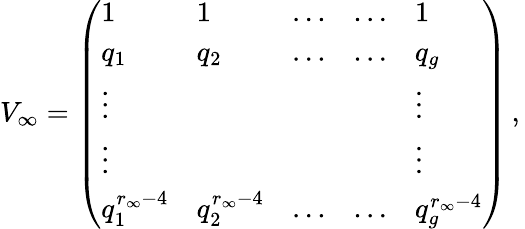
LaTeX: V_{\infty}=\left(\begin{array}{lllll}{1}&{1}&{\dots}&{\dots}&{1}\\ {q_{1}}&{q_{2}}&{\dots}&{\dots}&{q_{g}}\\ {\vdots}&&&&{\vdots}\\ {\vdots}&&&&{\vdots}\\ {q_{1}^{r_{\infty}-4}}&{q_{2}^{r_{\infty}-4}}&{\dots}&{\dots}&{q_{g}^{r_{\infty}-4}}\end{array}\right)\, ,\,